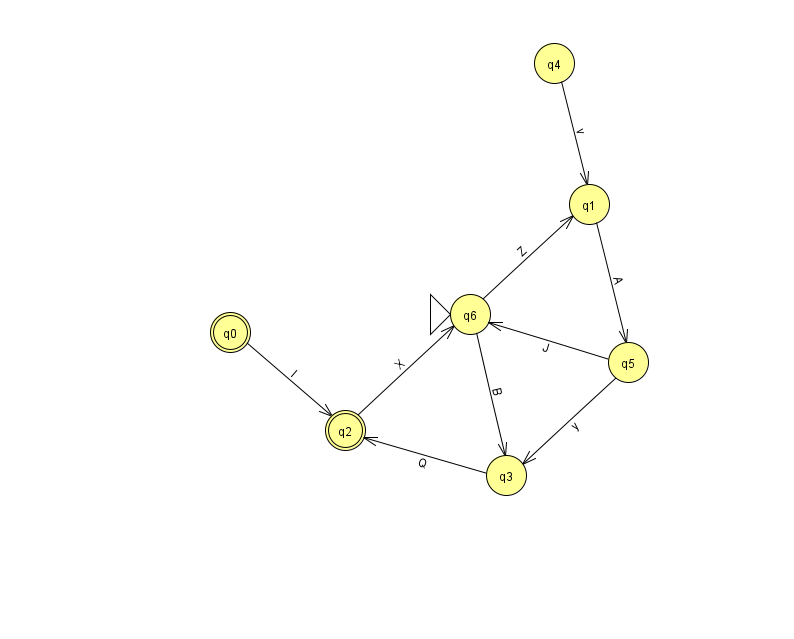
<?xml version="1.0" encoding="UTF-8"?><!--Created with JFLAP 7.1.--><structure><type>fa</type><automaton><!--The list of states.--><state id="0" name="q0"><x>230.0</x><y>319.0</y><final/></state><state id="1" name="q1"><x>589.0</x><y>191.0</y></state><state id="2" name="q2"><x>345.0</x><y>417.0</y><final/></state><state id="3" name="q3"><x>506.0</x><y>462.0</y></state><state id="4" name="q4"><x>554.0</x><y>50.0</y></state><state id="5" name="q5"><x>628.0</x><y>349.0</y></state><state id="6" name="q6"><x>470.0</x><y>301.0</y><initial/></state><!--The list of transitions.--><transition><from>2</from><to>6</to><read>X</read></transition><transition><from>6</from><to>3</to><read>B</read></transition><transition><from>1</from><to>5</to><read>A</read></transition><transition><from>4</from><to>1</to><read>v</read></transition><transition><from>5</from><to>6</to><read>J</read></transition><transition><from>3</from><to>2</to><read>Q</read></transition><transition><from>5</from><to>3</to><read>y</read></transition><transition><from>6</from><to>1</to><read>Z</read></transition><transition><from>0</from><to>2</to><read>I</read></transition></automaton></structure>